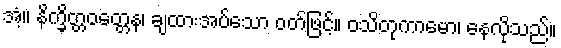
အံ့။ နိက္ခိတ္တဝတ္တေန၊ ချထားအပ်သော ဝတ်ဖြင့်။ ဝသိတုကာမော၊ နေလိုသည်။